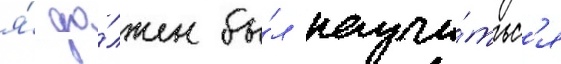
я́ до́лжен бы́л научи́тьс'я